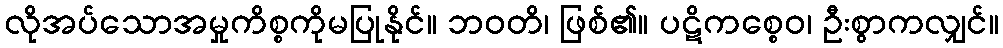
လိုအပ်သောအမှုကိစ္စကိုမပြုနိုင်။ ဘဝတိ၊ ဖြစ်၏။ ပဋိကစ္စေဝ၊ ဦးစွာကလျှင်။